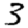
Digit: 3